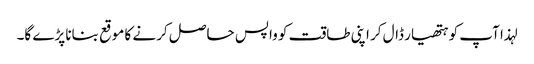
لہذا آپ کو ہتھیار ڈال کر اپنی طاقت کو واپس حاصل کرنے کا موقع بنانا پڑے گا۔